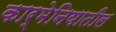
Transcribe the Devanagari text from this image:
कार्मेनियातील